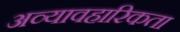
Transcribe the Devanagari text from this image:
अव्यावहारिकता